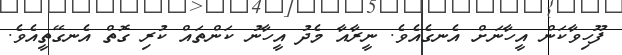
ފޫހިވާކަން އީހާނަށް އެނގެއެވެ. ނީރާއާ މެދު އީހާނު ކަންތައް ކުރި ގޮތް އެނގޭތީއެވެ.